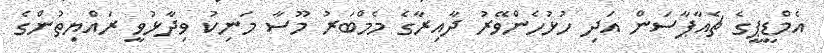
އެމްޑީޕީގެ ޗެއާޕާސަން އަދި ހުޅުހެންވޭރު ދާއިރާގެ މެމްބަރު މޫސާ މަނިކު ވިދާޅުވީ ރައްޔިތުންގެ